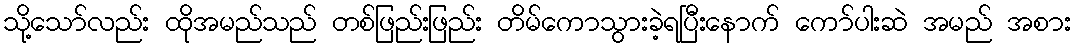
သို့သော်လည်း ထိုအမည်သည် တစ်ဖြည်းဖြည်း တိမ်ကောသွားခဲ့ရပြီးနောက် ကော်ပါးဆဲ အမည် အစား